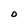
Character: O